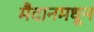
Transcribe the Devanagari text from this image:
मैदानमधून